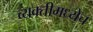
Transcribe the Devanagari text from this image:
व्यक्तीमध्येच